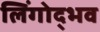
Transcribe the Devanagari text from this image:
लिंगोद्भव